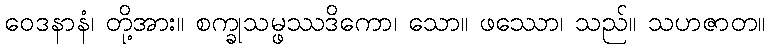
ဝေဒနာနံ၊ တို့အား။ စက္ခုသမ္ဖဿဒိကော၊ သော။ ဖဿော၊ သည်။ သဟဇာတ။